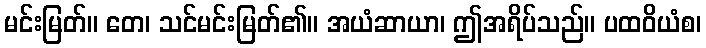
မင်းမြတ်။ တေ၊ သင်မင်းမြတ်၏။ အယံဆာယာ၊ ဤအရိပ်သည်။ ပထဝိယံစ၊